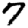
Digit: 7